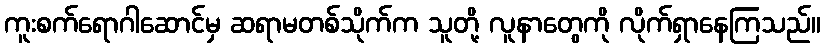
ကူးစက်ရောဂါဆောင်မှ ဆရာမတစ်သိုက်က သူတို့ လူနာတွေကို လိုက်ရှာနေကြသည်။